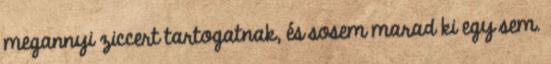
megannyi ziccert tartogatnak, és sosem marad ki egy sem.